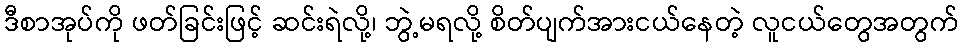
ဒီစာအုပ်ကို ဖတ်ခြင်းဖြင့် ဆင်းရဲလို့၊ ဘွဲ့မရလို့ စိတ်ပျက်အားငယ်နေတဲ့ လူငယ်တွေအတွက်